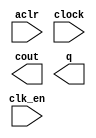
module counter2dr (
	aclr,
	clk_en,
	clock,
	cout,
	q);

	input	  aclr;
	input	  clk_en;
	input	  clock;
	output	  cout;
	output	[9:0]  q;

endmodule